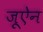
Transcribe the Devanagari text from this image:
जूऐन